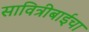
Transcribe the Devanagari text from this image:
सावित्रीबाईचा